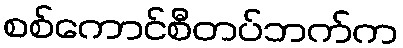
စစ်ကောင်စီတပ်ဘက်က